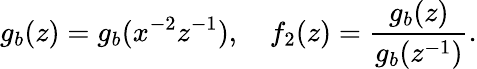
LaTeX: g_{b}(z)=g_{b}(x^{-2}z^{-1}),~~~~f_{2}(z)=\frac{g_{b}(z)}{g_{b}(z^{-1})}.